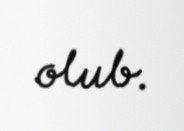
olub.